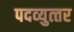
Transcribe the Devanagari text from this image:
पदव्‍युत्‍तर